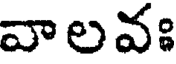
వాలవః